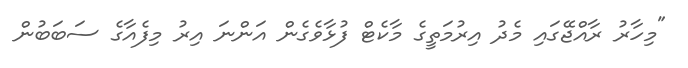
"މިހާރު ރާއްޖޭގައި މެދު އިރުމަތީގެ މާކެޓް ފުޅާވެގެން އަންނަ އިރު މިފެއާގެ ސަބަބުން